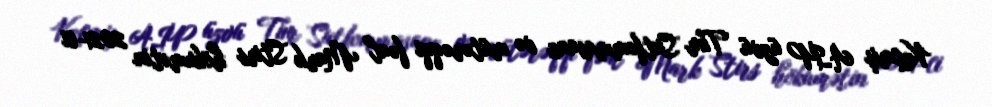
Keçmiş AİP üzvü Tim Sutfommasane və mütərəqqi fəal Mark Stirs hökumətin 2021-ci